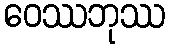
ဝေဿဘုဿ